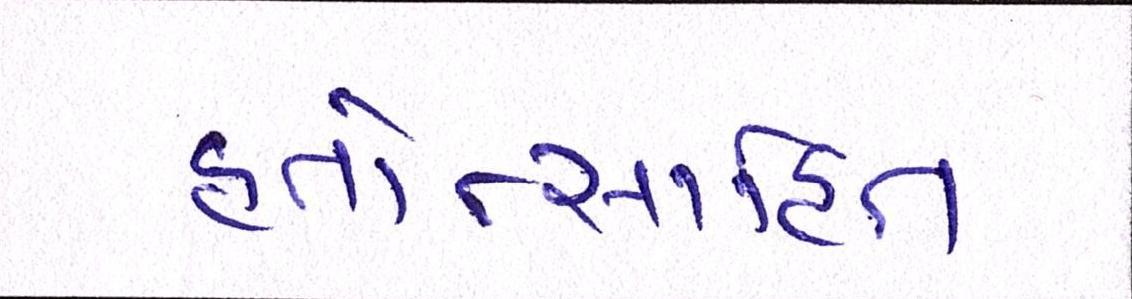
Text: હતોત્સાહિત